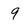
Character: 9